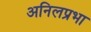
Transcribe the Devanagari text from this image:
अनिलप्रभा